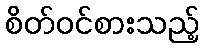
စိတ်ဝင်စားသည့်